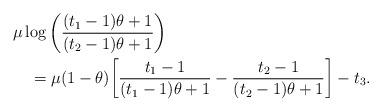
LaTeX: \begin{align*}& \mu \log\bigg( \frac{(t_{1} - 1)\theta + 1}{(t_{2} - 1)\theta + 1} \bigg) \\ &~~~= \mu (1-\theta) \bigg[ \frac{t_{1} - 1}{(t_{1} - 1)\theta + 1} - \frac{t_{2} - 1}{(t_{2} - 1)\theta + 1}\bigg] - t_{3}.\end{align*}